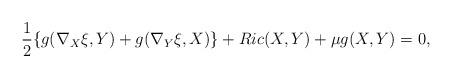
LaTeX: \begin{align*} \frac{1}{2} \{ g (\nabla_X \xi, Y) + g (\nabla_Y \xi, X) \} + Ric (X, Y)+ \mu g(X,Y) = 0,\end{align*}